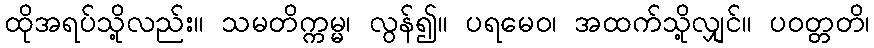
ထိုအရပ်သို့လည်း။ သမတိက္ကမ္မ၊ လွန်၍။ ပရမေဝ၊ အထက်သို့လျှင်။ ပဝတ္တတိ၊